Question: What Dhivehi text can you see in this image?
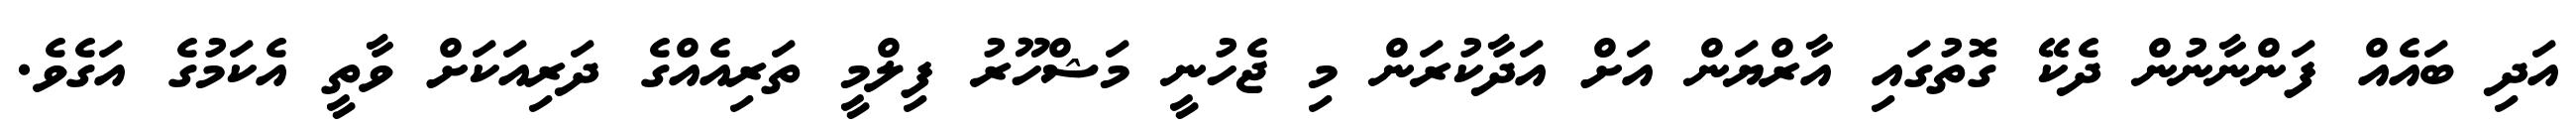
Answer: އަދި ބައެއް ފަންނާނުން ދެކޭ ގޮތުގައި އާރްޔަން އަށް އަދާކުރަން މި ޖެހުނީ މަޝްހޫރު ފިލްމީ ތަރިއެއްގެ ދަރިއަކަށް ވާތީ އެކަމުގެ އަގެވެ.